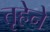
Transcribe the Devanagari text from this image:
तृहेने